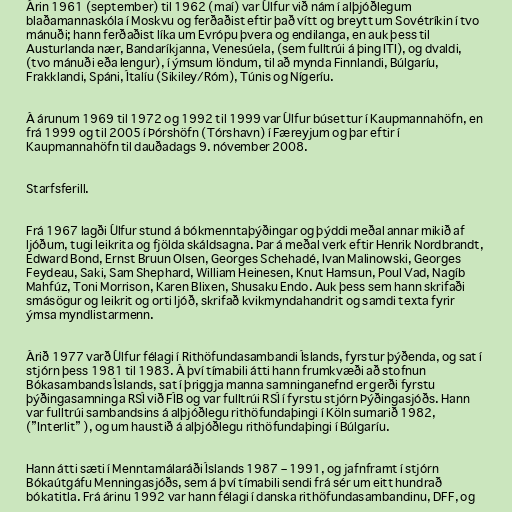
Árin 1961 (september) til 1962 (maí) var Úlfur við nám í alþjóðlegum
blaðamannaskóla í Moskvu og ferðaðist eftir það vítt og breytt um Sovétríkin í tvo
mánuði; hann ferðaðist líka um Evrópu þvera og endilanga, en auk þess til
Austurlanda nær, Bandaríkjanna, Venesúela, (sem fulltrúi á þing ITI), og dvaldi,
(tvo mánuði eða lengur), í ýmsum löndum, til að mynda Finnlandi, Búlgaríu,
Frakklandi, Spáni, Ítalíu (Sikiley/Róm), Túnis og Nígeríu.

Á árunum 1969 til 1972 og 1992 til 1999 var Úlfur búsettur í Kaupmannahöfn, en
frá 1999 og til 2005 í Þórshöfn (Tórshavn) í Færeyjum og þar eftir í
Kaupmannahöfn til dauðadags 9. nóvember 2008.

Starfsferill.

Frá 1967 lagði Úlfur stund á bókmenntaþýðingar og þýddi meðal annar mikið af
ljóðum, tugi leikrita og fjölda skáldsagna. Þar á meðal verk eftir Henrik Nordbrandt,
Edward Bond, Ernst Bruun Olsen, Georges Schehadé, Ivan Malinowski, Georges
Feydeau, Saki, Sam Shephard, William Heinesen, Knut Hamsun, Poul Vad, Nagíb
Mahfúz, Toni Morrison, Karen Blixen, Shusaku Endo. Auk þess sem hann skrifaði
smásögur og leikrit og orti ljóð, skrifað kvikmyndahandrit og samdi texta fyrir
ýmsa myndlistarmenn.

Árið 1977 varð Úlfur félagi í Rithöfundasambandi Íslands, fyrstur þýðenda, og sat í
stjórn þess 1981 til 1983. Á því tímabili átti hann frumkvæði að stofnun
Bókasambands Íslands, sat í þriggja manna samninganefnd er gerði fyrstu
þýðingasamninga RSÍ við FÍB og var fulltrúi RSÍ í fyrstu stjórn Þýðingasjóðs. Hann
var fulltrúi sambandsins á alþjóðlegu rithöfundaþingi í Köln sumarið 1982,
(”Interlit” ), og um haustið á alþjóðlegu rithöfundaþingi í Búlgaríu.

Hann átti sæti í Menntamálaráði Íslands 1987 – 1991, og jafnframt í stjórn
Bókaútgáfu Menningasjóðs, sem á því tímabili sendi frá sér um eitt hundrað
bókatitla. Frá árinu 1992 var hann félagi í danska rithöfundasambandinu, DFF, og